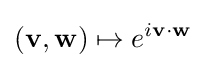
(\mathbf {v} ,\mathbf {w} )\mapsto e^{i\mathbf {v} \cdot \mathbf {w} }